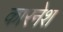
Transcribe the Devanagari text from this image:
कारनेश